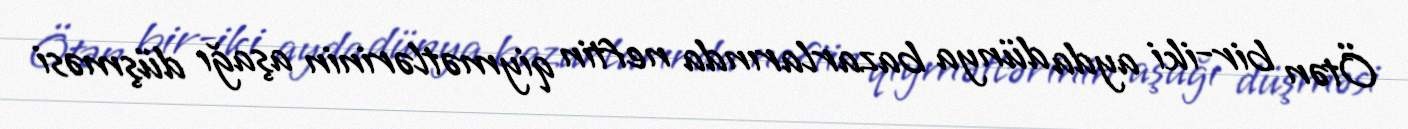
Ötən bir-iki ayda dünya bazarlarında neftin qiymətlərinin aşağı düşməsi